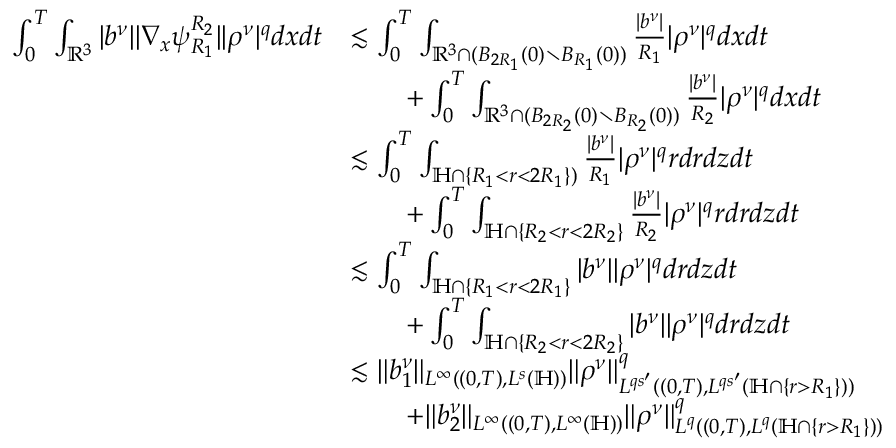
\begin{array} { r l } { \int _ { 0 } ^ { T } \int _ { \mathbb { R } ^ { 3 } } | b ^ { \nu } | | \nabla _ { x } \psi _ { R _ { 1 } } ^ { R _ { 2 } } | | \rho ^ { \nu } | ^ { q } d x d t } & { \lesssim \int _ { 0 } ^ { T } \int _ { \mathbb { R } ^ { 3 } \cap ( B _ { 2 R _ { 1 } } ( 0 ) \setminus B _ { R _ { 1 } } ( 0 ) ) } \frac { | b ^ { \nu } | } { R _ { 1 } } | \rho ^ { \nu } | ^ { q } d x d t } \\ & { \quad \quad + \int _ { 0 } ^ { T } \int _ { \mathbb { R } ^ { 3 } \cap ( B _ { 2 R _ { 2 } } ( 0 ) \setminus B _ { R _ { 2 } } ( 0 ) ) } \frac { | b ^ { \nu } | } { R _ { 2 } } | \rho ^ { \nu } | ^ { q } d x d t } \\ & { \lesssim \int _ { 0 } ^ { T } \int _ { \mathbb { H } \cap \{ R _ { 1 } < r < 2 R _ { 1 } \} ) } \frac { | b ^ { \nu } | } { R _ { 1 } } | \rho ^ { \nu } | ^ { q } r d r d z d t } \\ & { \quad \quad + \int _ { 0 } ^ { T } \int _ { \mathbb { H } \cap \{ R _ { 2 } < r < 2 R _ { 2 } \} } \frac { | b ^ { \nu } | } { R _ { 2 } } | \rho ^ { \nu } | ^ { q } r d r d z d t } \\ & { \lesssim \int _ { 0 } ^ { T } \int _ { \mathbb { H } \cap \{ R _ { 1 } < r < 2 R _ { 1 } \} } | b ^ { \nu } | | \rho ^ { \nu } | ^ { q } d r d z d t } \\ & { \quad \quad + \int _ { 0 } ^ { T } \int _ { \mathbb { H } \cap \{ R _ { 2 } < r < 2 R _ { 2 } \} } | b ^ { \nu } | | \rho ^ { \nu } | ^ { q } d r d z d t } \\ & { \lesssim \| b _ { 1 } ^ { \nu } \| _ { L ^ { \infty } ( ( 0 , T ) , L ^ { s } ( \mathbb { H } ) ) } \| \rho ^ { \nu } \| _ { L ^ { q s ^ { \prime } } ( ( 0 , T ) , L ^ { q s ^ { \prime } } ( \mathbb { H } \cap \{ r > R _ { 1 } \} ) ) } ^ { q } } \\ & { \quad \quad + \| b _ { 2 } ^ { \nu } \| _ { L ^ { \infty } ( ( 0 , T ) , L ^ { \infty } ( \mathbb { H } ) ) } \| \rho ^ { \nu } \| _ { L ^ { q } ( ( 0 , T ) , L ^ { q } ( \mathbb { H } \cap \{ r > R _ { 1 } \} ) ) } ^ { q } } \end{array}